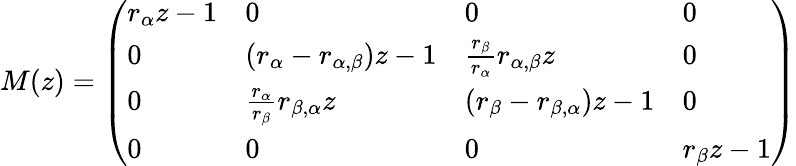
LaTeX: M(z)=\left(\begin{array}{llll}{r_{\alpha}z-1}&{0}&{0}&{0}\\ {0}&{(r_{\alpha}-r_{\alpha,\beta})z-1}&{\frac{r_{\beta}}{r_{\alpha}}r_{\alpha,\beta}z}&{0}\\ {0}&{\frac{r_{\alpha}}{r_{\beta}}r_{\beta,\alpha}z}&{(r_{\beta}-r_{\beta,\alpha})z-1}&{0}\\ {0}&{0}&{0}&{r_{\beta}z-1}\end{array}\right)